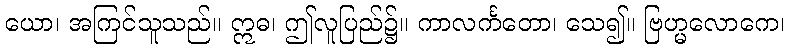
ယော၊ အကြင်သူသည်။ ဣဓ၊ ဤလူပြည်၌။ ကာလင်္ကတော၊ သေ၍။ ဗြဟ္မလောကေ၊